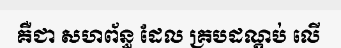
គឺជា សហព័ន្ធ ដែល គ្របដណ្តប់ លើ